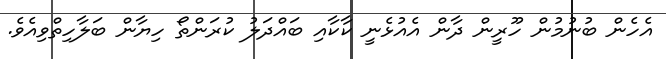
އެހެން ބުނުމުން ހޫރީން ދާން އެއުޅެނީ ކާކާއި ބައްދަލު ކުރަންތޯ ހިޔާން ބަލާހިތްވިއެވެ.